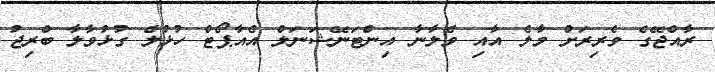
ރާއްޖޭގެ ވެރިރަށް މާލެ އާއި ވެލާނާ އިންޓަނޭޝަނަލް އެއާޕޯޓް ހުޅުލެ ގުޅުވާލާ ބްރިޖު